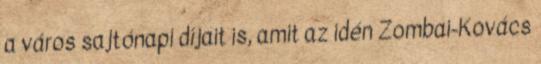
a város sajtónapi díjait is, amit az idén Zombai-Kovács